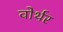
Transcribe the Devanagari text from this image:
वोर्थर